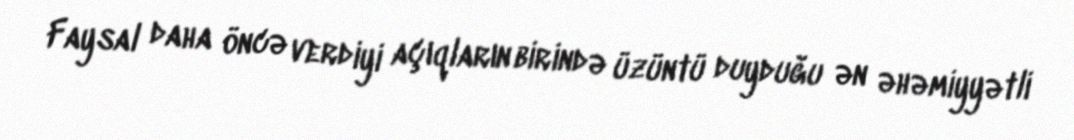
Faysal daha öncə verdiyi açıqların birində üzüntü duyduğu ən əhəmiyyətli